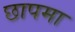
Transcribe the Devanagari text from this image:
छापमा